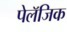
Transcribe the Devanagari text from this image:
पेलॅजिक